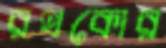
রথকোর